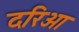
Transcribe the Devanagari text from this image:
दरिओ